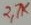
Text: 2,7K